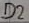
Text: D2